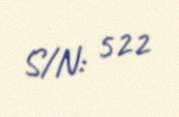
S/N: 522